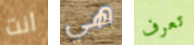
انت هي تعرف